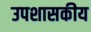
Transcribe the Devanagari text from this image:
उपशासकीय